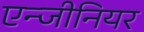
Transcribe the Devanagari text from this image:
एन्जीनियर